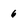
Character: 6